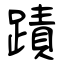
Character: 蹟